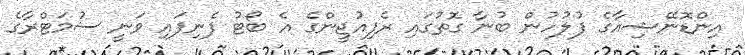
އިންޑޮނޭޝިއާގެ ފުލުހުން ބުނާ ގޮތުގައި ރެފިއުޖީންގެ އެ ބޯޓު ފެނިފައި ވަނީ ސުމަޓްރާގެ